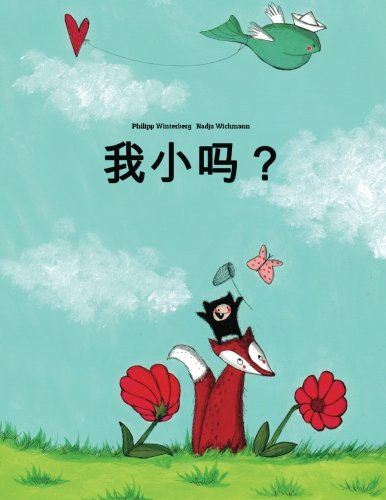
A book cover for Wo xiao ma?: You Philipp Winterberg he Nadja Wichmann suozhe de tupian gushi (Simplified Chinese) (Chinese Edition); Philipp Winterberg; Children's Books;